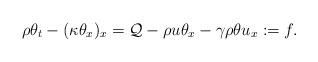
LaTeX: \begin{align*} \rho\theta_t-(\kappa\theta_x)_x=\mathcal{Q}-\rho u\theta_x-\gamma\rho\theta u_x:=f.\end{align*}